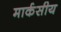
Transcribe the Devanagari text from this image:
मार्कसीय